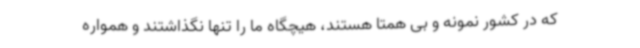
که در کشور نمونه و بی همتا هستند، هیچگاه ما را تنها نگذاشتند و همواره